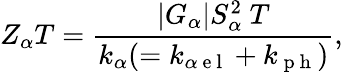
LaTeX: Z_{\alpha}T=\frac{\lvert G_{\alpha}\rvert S_{\alpha}^{2}~T}{k_{\alpha}(=k_{\alpha\mathrm{~e~l~}}+k_{\mathrm{~p~h~}})},